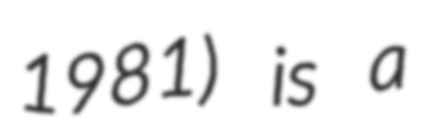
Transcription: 1981) is a